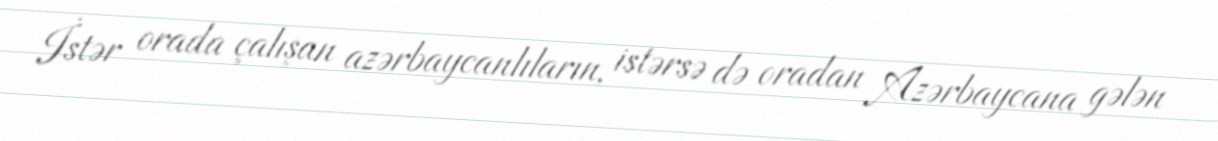
İstər orada çalışan azərbaycanlıların, istərsə də oradan Azərbaycana gələn